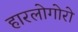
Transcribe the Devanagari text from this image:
हारलोगोरो